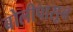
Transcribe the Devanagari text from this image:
बोलीपासून